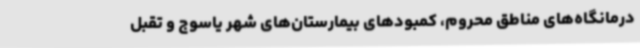
درمانگاه‌های مناطق محروم، کمبودهای بیمارستان‌های شهر یاسوج و تقبل